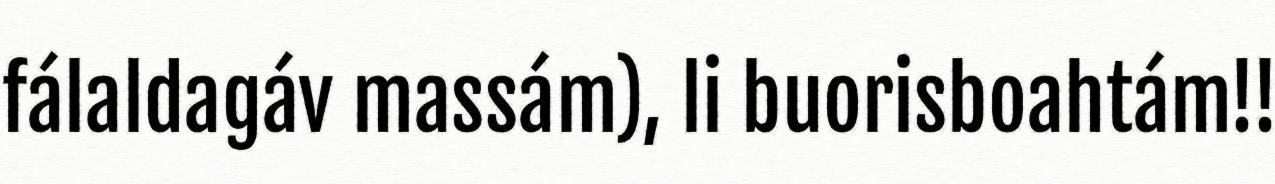
fálaldagáv massám), li buorisboahtám!!